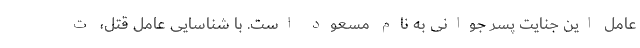
عامل این جنایت پسر جوانی به نام مسعود است. با شناسایی عامل قتل، ت